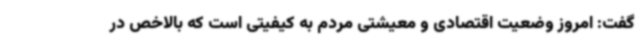
گفت: امروز وضعیت اقتصادی و معیشتی مردم به کیفیتی است که بالاخص در